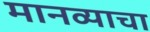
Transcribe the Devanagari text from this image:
मानव्याचा